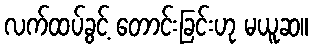
လက်ထပ်ခွင့် တောင်းခြင်းဟု မယူဆ။